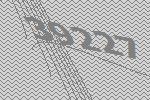
39227